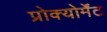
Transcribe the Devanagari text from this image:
प्रोक्योर्मेंट